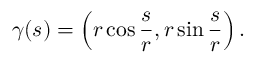
{ \boldsymbol { \gamma } } ( s ) = \left( r \cos { \frac { s } { r } } , r \sin { \frac { s } { r } } \right) .